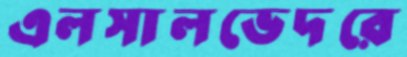
এলসালভেদরে